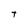
Character: t